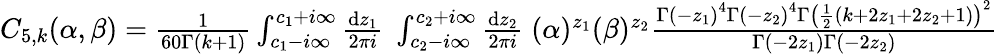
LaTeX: \begin{array}{r}{C_{5,k}(\alpha,\beta)=\frac{1}{60\Gamma(k+1)}\int_{c_{1}-i\infty}^{c_{1}+i\infty}\frac{\mathrm{d}z_{1}}{2\pi i}\; \int_{c_{2}-i\infty}^{c_{2}+i\infty}\frac{\mathrm{d}z_{2}}{2\pi i}\; (\alpha)^{z_{1}}(\beta)^{z_{2}}\frac{\Gamma\left(-z_{1}\right)^{4}\Gamma\left(-z_{2}\right)^{4}\Gamma\left(\frac{1}{2}\left(k+2z_{1}+2z_{2}+1\right)\right)^{2}}{\Gamma\left(-2z_{1}\right)\Gamma\left(-2z_{2}\right)}}\end{array}